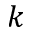
k